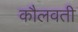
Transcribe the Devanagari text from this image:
कौलवती